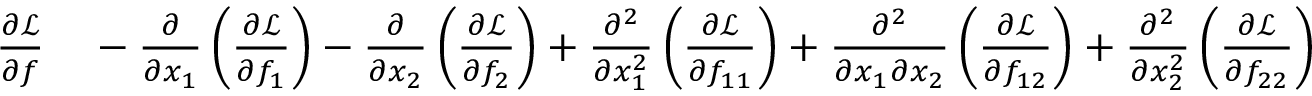
\begin{array} { r l } { { \frac { \partial { \mathcal { L } } } { \partial f } } } & { { } - { \frac { \partial } { \partial x _ { 1 } } } \left( { \frac { \partial { \mathcal { L } } } { \partial f _ { 1 } } } \right) - { \frac { \partial } { \partial x _ { 2 } } } \left( { \frac { \partial { \mathcal { L } } } { \partial f _ { 2 } } } \right) + { \frac { \partial ^ { 2 } } { \partial x _ { 1 } ^ { 2 } } } \left( { \frac { \partial { \mathcal { L } } } { \partial f _ { 1 1 } } } \right) + { \frac { \partial ^ { 2 } } { \partial x _ { 1 } \partial x _ { 2 } } } \left( { \frac { \partial { \mathcal { L } } } { \partial f _ { 1 2 } } } \right) + { \frac { \partial ^ { 2 } } { \partial x _ { 2 } ^ { 2 } } } \left( { \frac { \partial { \mathcal { L } } } { \partial f _ { 2 2 } } } \right) } \end{array}